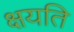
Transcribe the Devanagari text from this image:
क्षयति